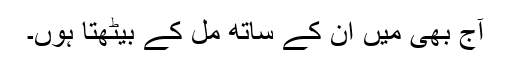
آج بھی میں ان کے ساتھ مل کے بیٹھتا ہوں۔